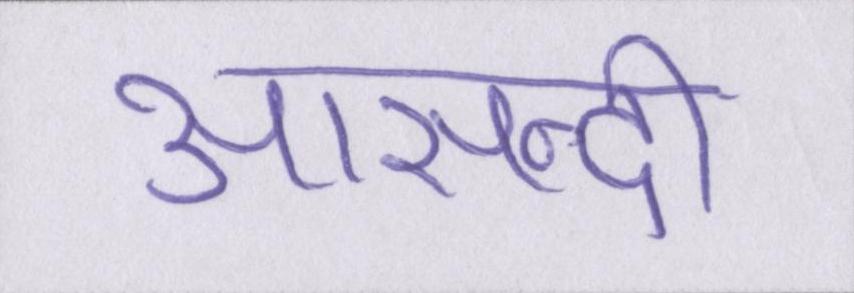
आसन्दी